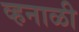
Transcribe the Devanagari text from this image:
व्हनाळी